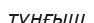
тұңғыщ